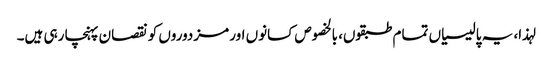
لہذا، یہ پالیسیاں تمام طبقوں، بالخصوص کسانوں اور مزدوروں کو نقصان پہنچا رہی ہیں۔